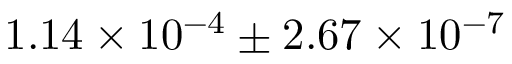
1 . 1 4 \times { 1 0 ^ { - 4 } } \pm 2 . 6 7 \times { 1 0 ^ { - 7 } }